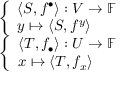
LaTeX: \begin{array} { r } { { \left\{ \begin{array} { l l } { \langle S , f ^ { \bullet } \rangle : V \to \mathbb { F } } \\ { y \mapsto \langle S , f ^ { y } \rangle } \end{array} \right. } } \\ { { \left\{ \begin{array} { l l } { \langle T , f _ { \bullet } \rangle : U \to \mathbb { F } } \\ { x \mapsto \langle T , f _ { x } \rangle } \end{array} \right. } } \end{array}